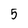
Character: 5